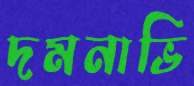
দমনাভি